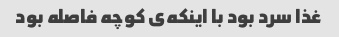
غذا سرد بود با اینکه‌ی کوچه فاصله بود